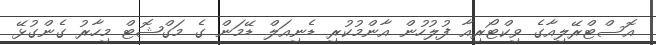
އޮސްޓްރޭލިއާގެ ވިކްޓޯރިއާ ފުލުހުން އާންމުކުރި ޑެނިއަލް ޑޭމަން ގެ މަގްޝޮޓް މިހާރު ގެންގުޅޭ